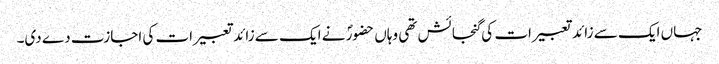
جہاں ایک سے زائد تعبیرات کی گنجائش تھی وہاں حضورؐ نے ایک سے زائد تعبیرات کی اجازت دے دی۔